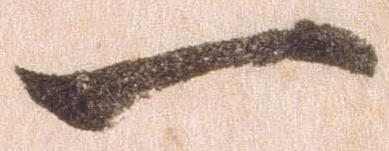
一